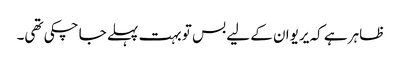
ظاہر ہے کہ یریوان کے لیے بس تو بہت پہلے جا چکی تھی۔